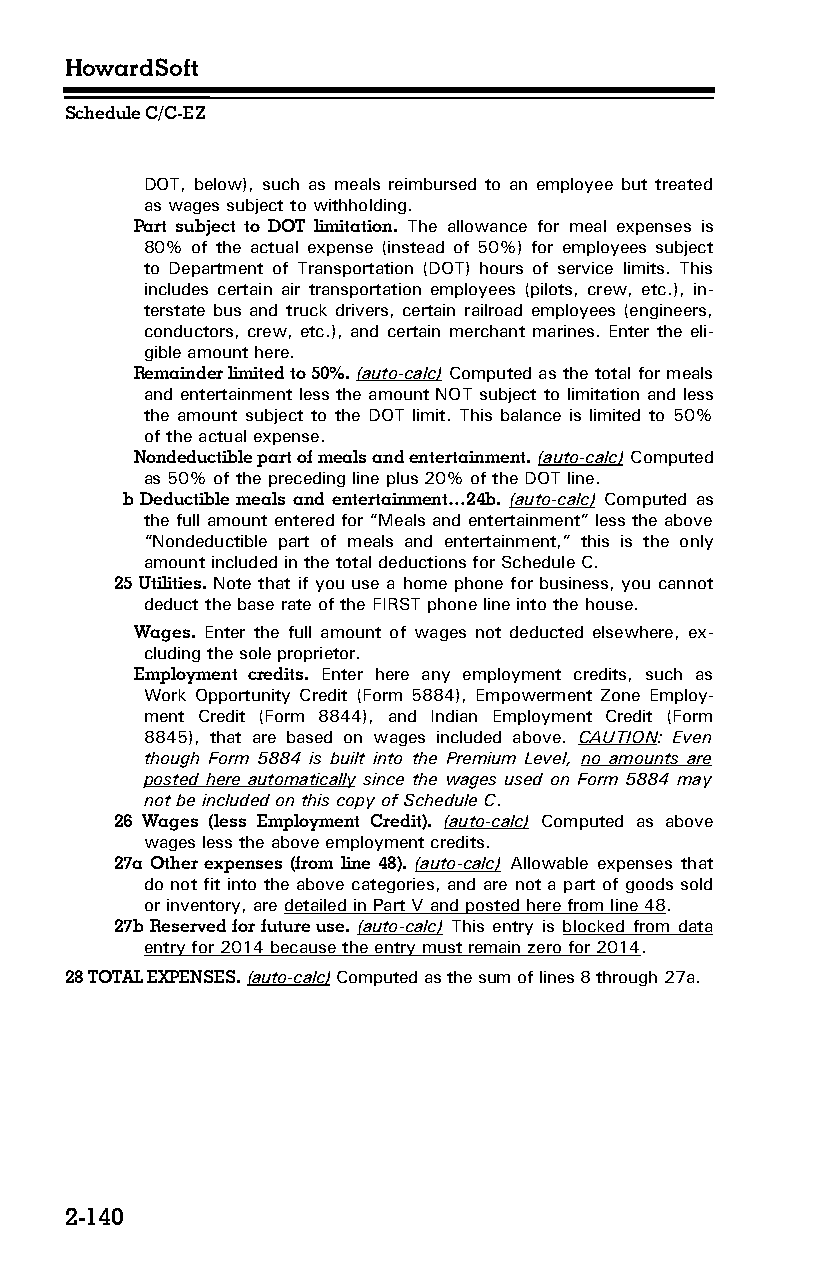
HowardSoft
 Schedule C/C-EZ
 DOT, below), such as meals reimbursed to an employee but treated
 as wages subject to withholding.
 Part subject to DOT limitation. The allowance for meal expenses is
 80% of the actual expense (instead of 50%) for employees subject
 to Department of Transportation (DOT) hours of service limits. This
 includes certain air transportation employees (pilots, crew, etc.), in­
 terstate bus and truck drivers, certain railroad employees (engineers,
 conductors, crew, etc.), and certain merchant marines. Enter the eli­
 gible amount here.
 Remainder limited to 50%. (auto-calc) Computed as the total for meals
 and entertainment less the amount NOT subject to limitation and less
 the amount subject to the DOT limit. This balance is limited to 50%
 of the actual expense.
 Nondeductible part of meals and entertainment. (auto-calc) Computed
 as 50% of the preceding line plus 20% of the DOT line.
 b Deductible meals and entertainment…24b. (auto-calc) Computed as
 the full amount entered for “Meals and entertainment” less the above
 “Nondeductible part of meals and entertainment,” this is the only
 amount included in the total deductions for Schedule C.
 25 Utilities. Note that if you use a home phone for business, you cannot
 deduct the base rate of the FIRST phone line into the house.
 Wages. Enter the full amount of wages not deducted elsewhere, ex­
 cluding the sole proprietor.
 Employment credits. Enter here any employment credits, such as
 Work Opportunity Credit (Form 5884), Empowerment Zone Employ­
 ment Credit (Form 8844), and Indian Employment Credit (Form
 8845), that are based on wages included above. CAUTION: Even
 though Form 5884 is built into the Premium Level, no amounts are
 posted here automatically since the wages used on Form 5884 may
 not be included on this copy of Schedule C.
 26 Wages (less Employment Credit). (auto-calc) Computed as above
 wages less the above employment credits.
 27a Other expenses (from line 48). (auto-calc) Allowable expenses that
 do not fit into the above categories, and are not a part of goods sold
 or inventory, are detailed in Part V and posted here from line 48.
 27b Reserved for future use. (auto-calc) This entry is blocked from data
 entry for 2014 because the entry must remain zero for 2014.
 28 TOTAL EXPENSES. (auto-calc) Computed as the sum of lines 8 through 27a.
 2-140